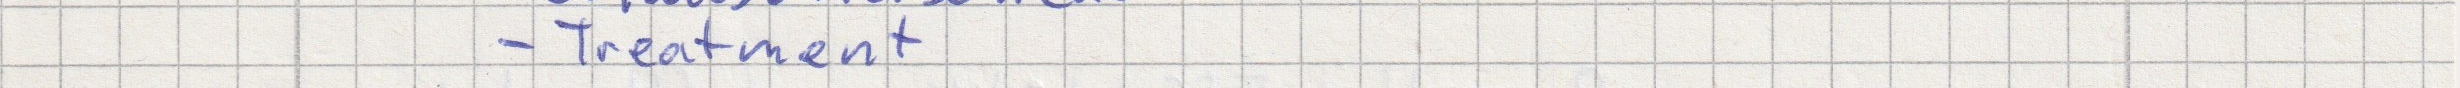
- Treatment